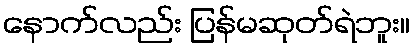
နောက်လည်း ပြန်မဆုတ်ရဲဘူး။